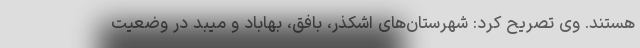
هستند. وی تصریح کرد: شهرستان‌های اشکذر، بافق، بهاباد و میبد در وضعیت